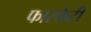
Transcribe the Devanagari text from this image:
फास्फेटी